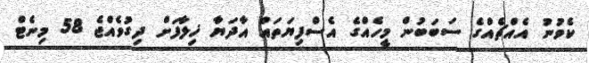
ކެވުނު އެއްޗެއްގެ ސަބަބުން މީހެއްގެ އެސްފިޔަތައް އާދަޔާ ޚިލާފަށް ދިގުވެއްޖެ 58 މިނެޓް